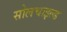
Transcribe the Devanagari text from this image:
सोलचाइल्ड